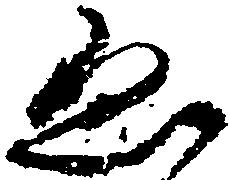
ゑ